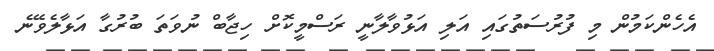
އެހެންކަމުން މި ފުރުސަތުގައި އަލި އަޅުވާލާނީ ރަސްމީކޮށް ހިޖާބް ނުވަތަ ބުރުގާ އަޅާލެވޭނެ